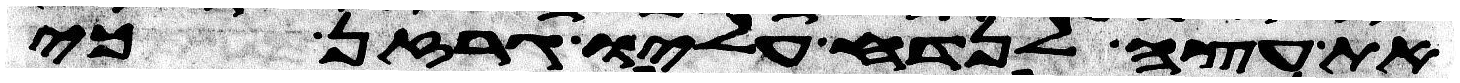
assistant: את עצה לנדח עליו גרזן כי